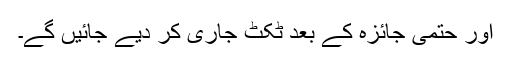
اور حتمی جائزہ کے بعد ٹکٹ جاری کر دیے جائیں گے۔